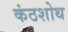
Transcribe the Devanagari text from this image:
कंठशोथ